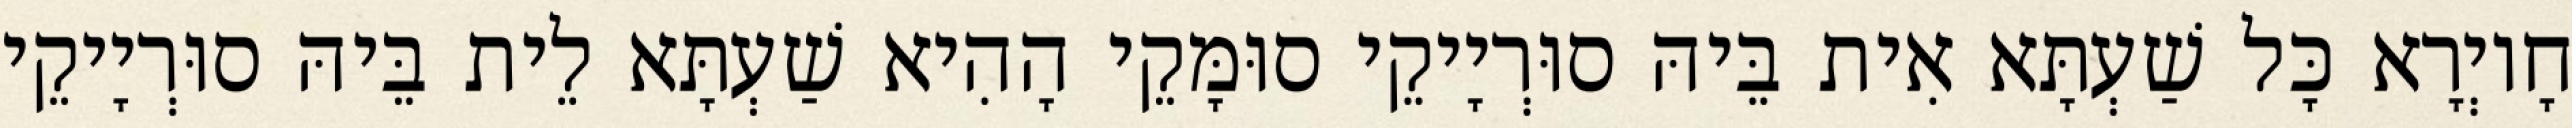
חָיוְרָא כָּל שַׁעְתָּא אִית בֵּיהּ סוּרְיָיקֵי סוּמָּקֵי הָהִיא שַׁעְתָּא לֵית בֵּיהּ סוּרְיָיקֵי